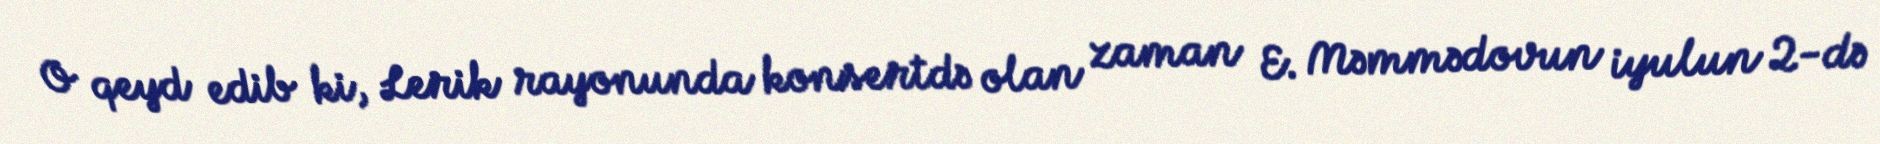
O qeyd edib ki, Lerik rayonunda konsertdə olan zaman E. Məmmədovun iyulun 2-də